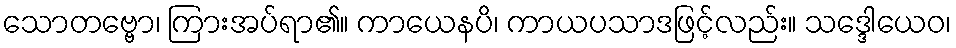
သောတဗ္ဗော၊ ကြားအပ်ရာ၏။ ကာယေနပိ၊ ကာယပသာဒဖြင့်လည်း။ သဒ္ဒေါယေဝ၊